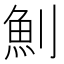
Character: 魝